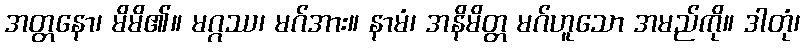
အတ္တနော၊ မိမိ၏။ မဂ္ဂဿ၊ မဂ်အား။ နာမံ၊ အနိမိတ္တ မဂ်ဟူသော အမည်ကို။ ဒါတုံ၊